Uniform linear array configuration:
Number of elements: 32
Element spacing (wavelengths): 0.5
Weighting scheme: exponential
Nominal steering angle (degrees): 30
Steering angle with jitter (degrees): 30.302
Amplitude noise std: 0.05
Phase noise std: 0.05

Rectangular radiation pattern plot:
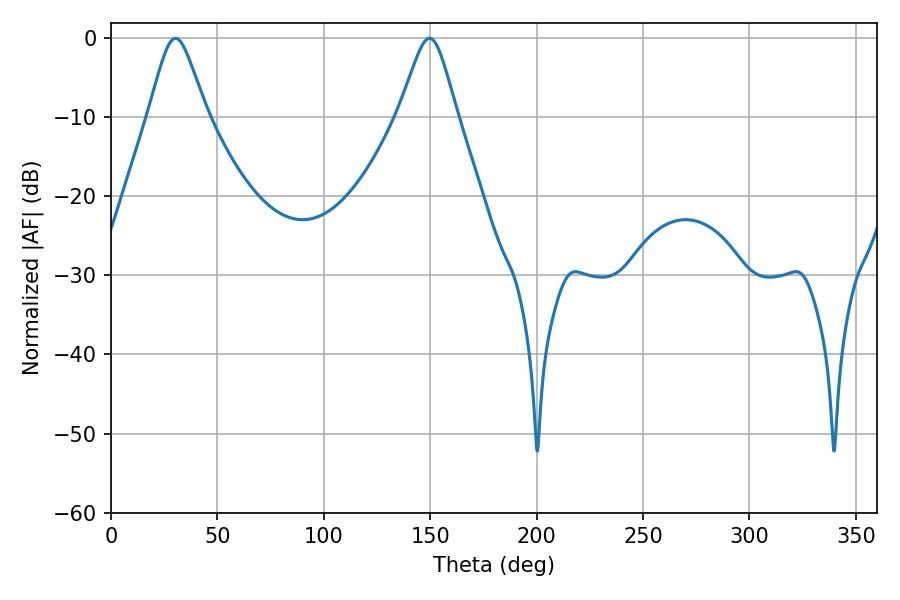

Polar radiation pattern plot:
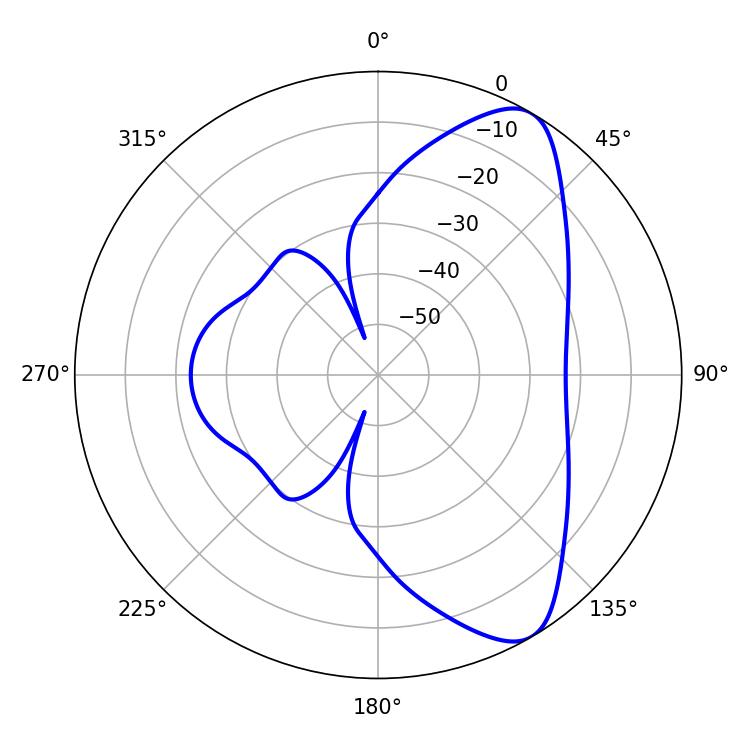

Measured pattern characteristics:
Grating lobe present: FALSE
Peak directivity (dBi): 8.331
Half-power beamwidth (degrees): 13.14
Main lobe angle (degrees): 30.24